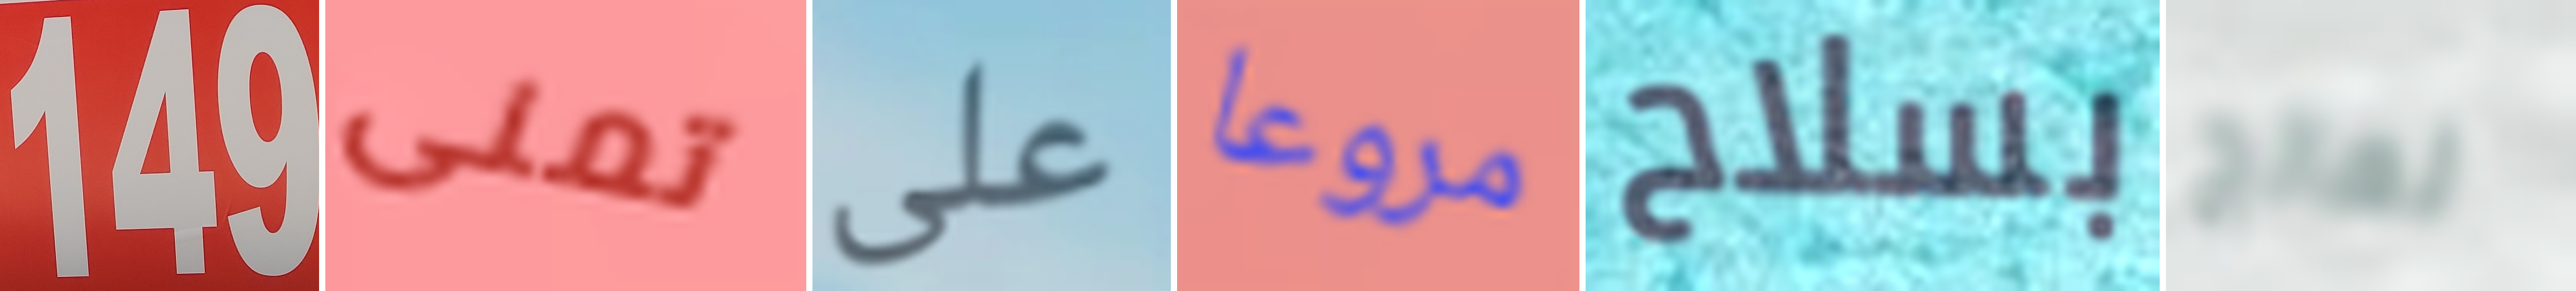
149 تمنى على مروعا بسلاح نعالج